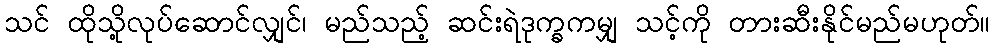
သင် ထိုသို့လုပ်ဆောင်လျှင်၊ မည်သည့် ဆင်းရဲဒုက္ခကမျှ သင့်ကို တားဆီးနိုင်မည်မဟုတ်။